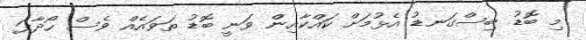
މި ބޮޑު ބިސްގަނޑު އެޅުމަށް ކައްކާއިން ވަނީ ބޮޑު ތަވައެއް ވެސް ހޯދާފަ